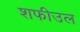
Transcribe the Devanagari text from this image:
शफीउल